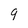
Character: 9